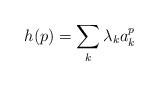
\begin{align*}h(p) = \sum_k \lambda_ka_k^p\end{align*}